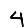
Digit: 4